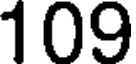
109